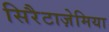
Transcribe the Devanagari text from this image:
सिरैटाज़ेमिया